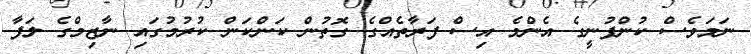
ނަމަވެސް ކުންފުނީގެ އެންމެ އިސް ފަރާތެއްގެ ގޮތުން ކަންކަން ކުރުމުގައި ނާޒިމްގެ ލަފާ